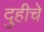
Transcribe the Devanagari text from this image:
दुहीचे